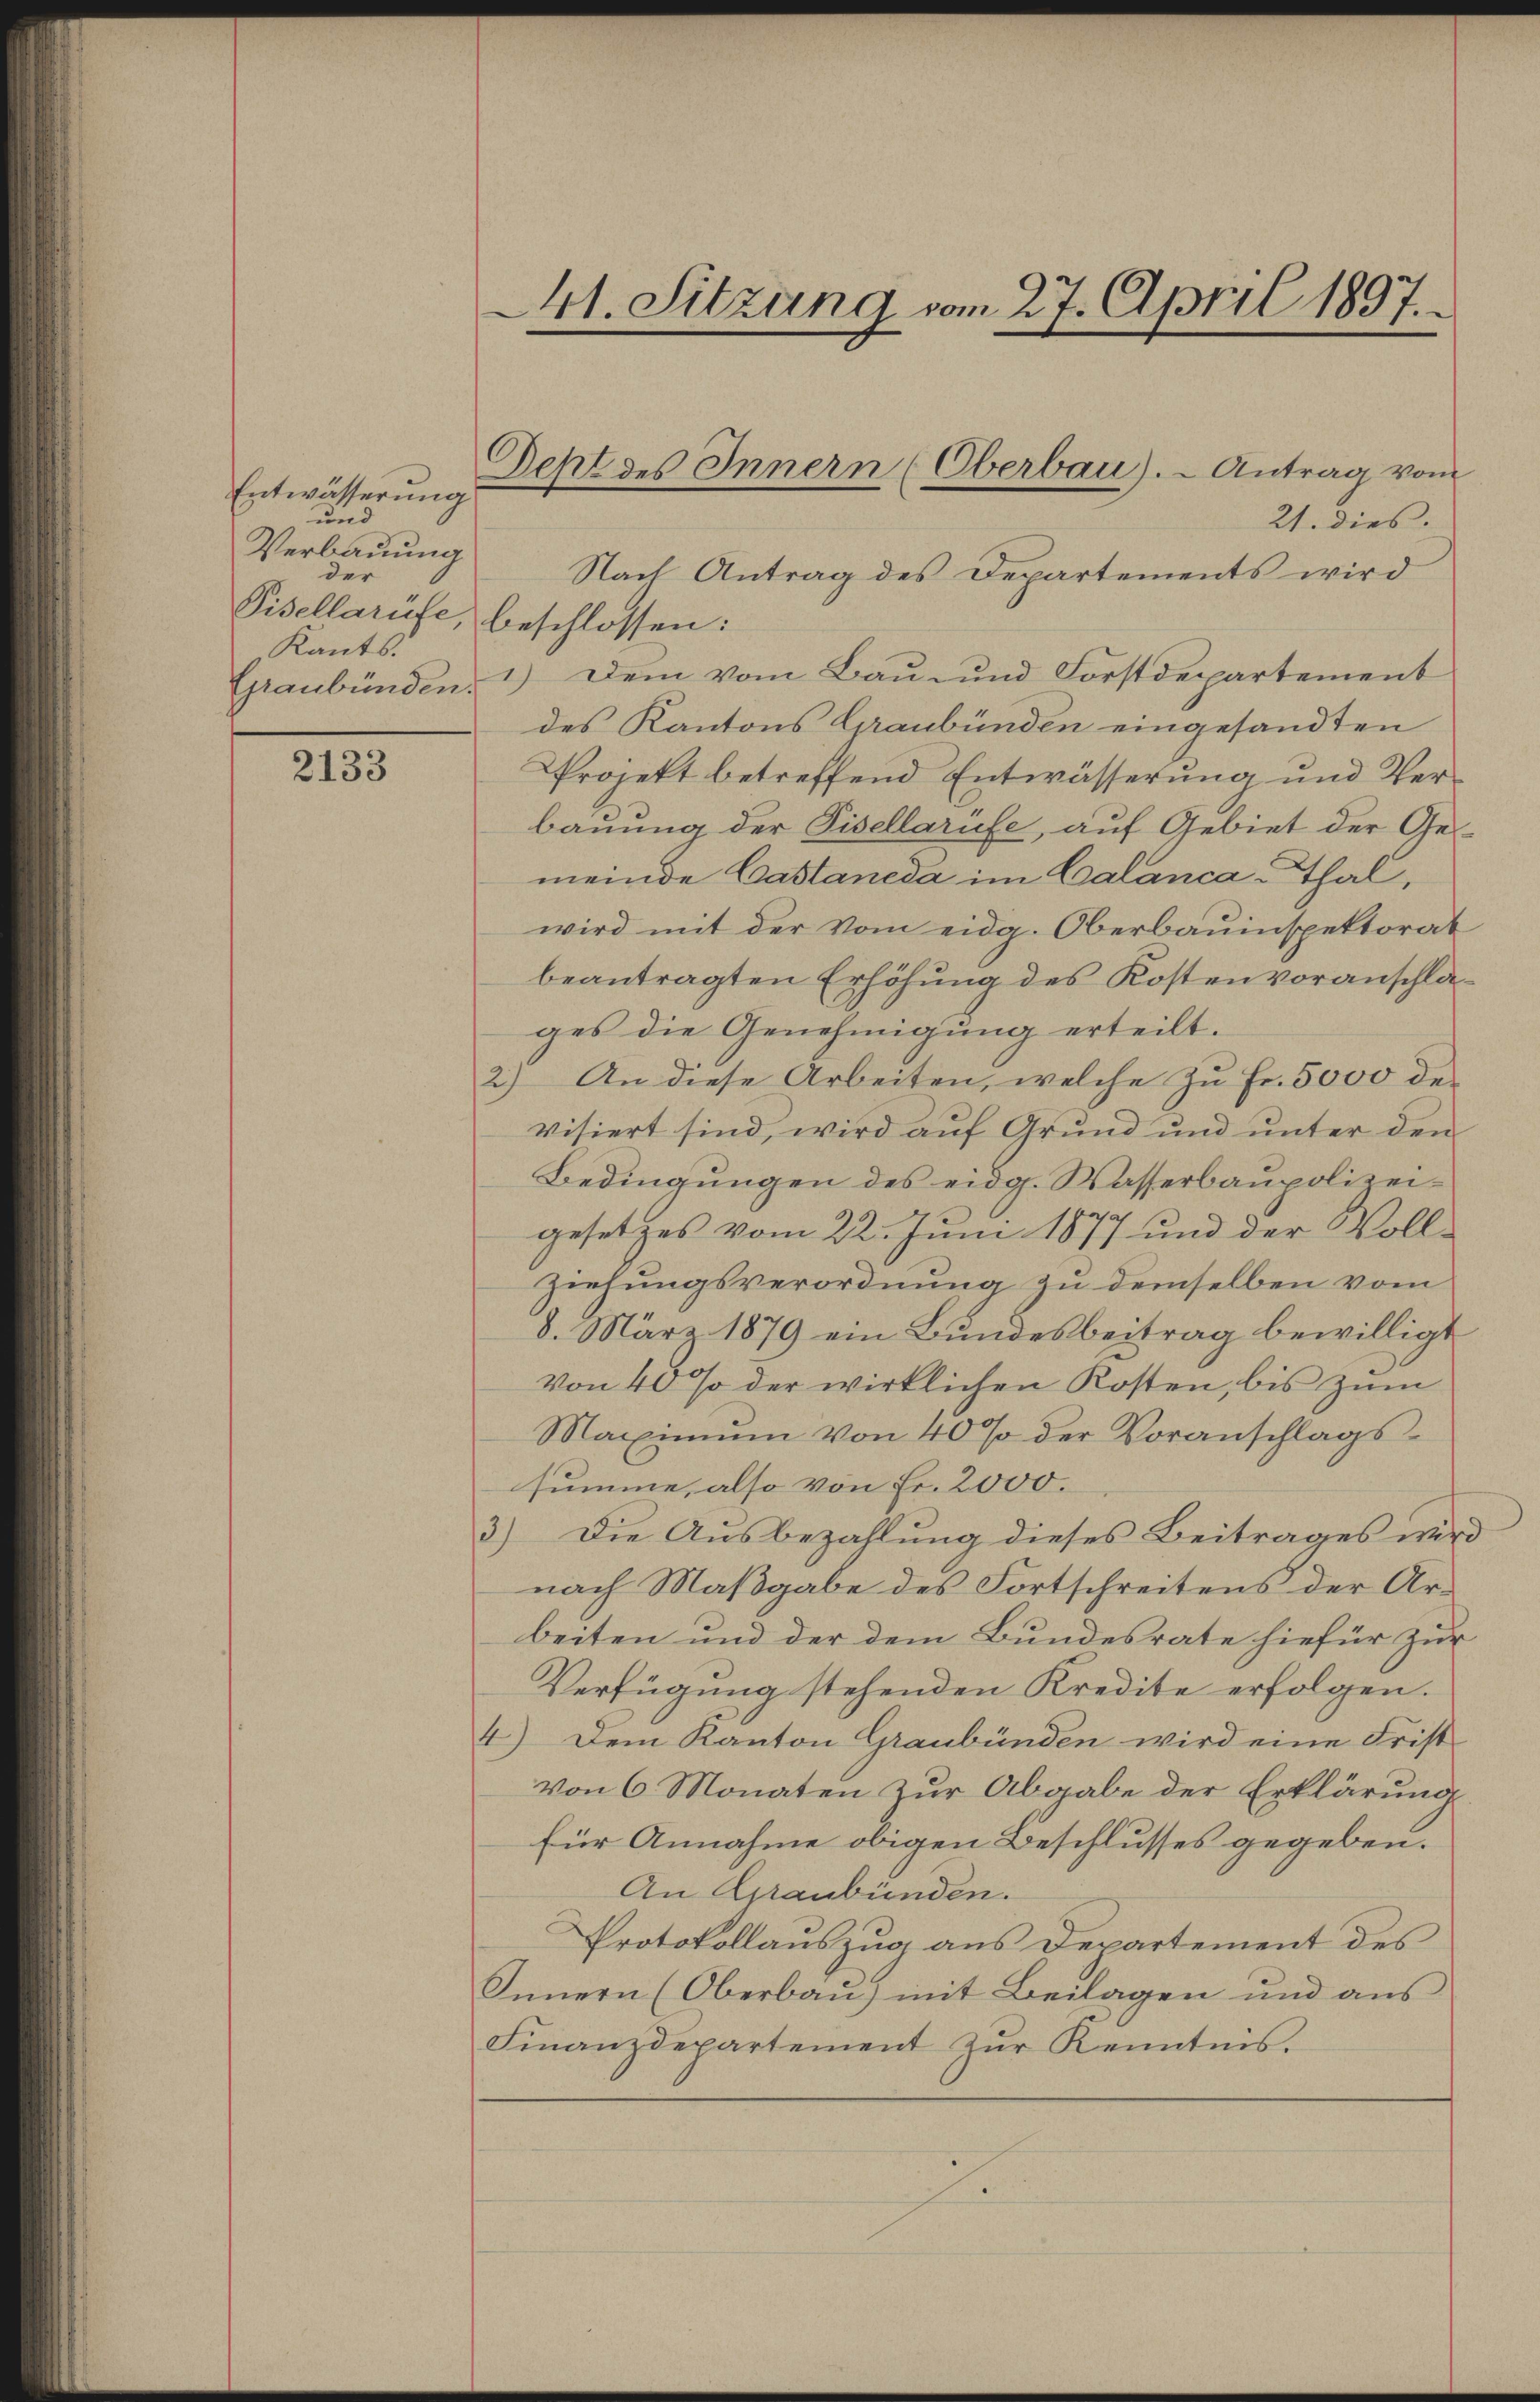
Entwässerung
und
Verbauung
der
Pisellarufe, beschlossen:
Kants.
Graubünden.

2133

41. Sitzung vom 27. April 1897.

21. dies
Nach Antrag des Departements wird
1.) Dem vom Bau- und Forstdepartement
des Kantons Graubünden eingesandten
Projekt betreffend Entwässerung und Verbauung der Pisellarüfe, auf Gebiet der Gemeinde Castaneda im Calanca-Thal,
wird mit der vom eidg. Oberbauinspektorat
beantragten Erhöhung des Kostenvoranschläges die Genehmigung erteilt.
2.) An diese Arbeiten, welche zu Fr. 5000 de
visiert sind, wird auf Grund und unter den
Bedingungen des eidg. Wasserbaupolizeigesetzes vom 22. Juni 1877 und der Vollziehungsverordnung zu demselben vom
8. März 1879 ein Bundesbeitrag bewilligt
Von 40 % der wirklichen Kosten, bis zum
Maximum von 40% der Voranschlags-
summe, also von Fr. 2000.
3) Die Ausbezahlung dieses Beitrages wird
nach Maßgabe des Fortschreitens der Arbeiten und der dem Bundesrate hiefür zur
Verfügung stehenden Kredite erfolgen.
4) Dem Kanton Graubünden wird eine Frist
von 6 Monaten zur Abgabe der Erklärung
für Annahme obigen Beschlusses gegeben.
An Graubünden.
Protokollauszug aus Departement des
Innern (Oberbau) mit Beilagen und aus
Finanzdepartement zŭr Kenntnis.

Deht des Innern (Oberbau). - Antrag vom